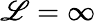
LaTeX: \mathscr{L}=\infty